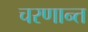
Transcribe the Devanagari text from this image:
चरणान्त